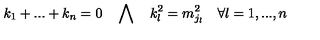
k _ { 1 } + . . . + k _ { n } = 0 \quad \bigwedge \quad k _ { l } ^ { 2 } = m _ { j _ { l } } ^ { 2 } \quad \forall l = 1 , . . . , n